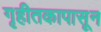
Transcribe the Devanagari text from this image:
गृहीतकापासून